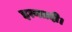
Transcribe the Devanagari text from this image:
इत्यतदी।